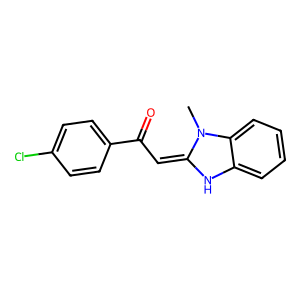
SMILES: CN1C(=CC(=O)c2ccc(Cl)cc2)Nc2ccccc21
Inhibits HIV replication: No